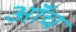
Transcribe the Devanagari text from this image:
ऑंच